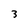
Character: 3